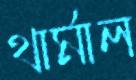
থার্মাল